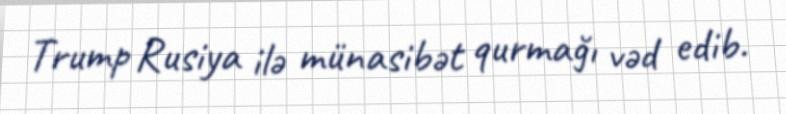
Trump Rusiya ilə münasibət qurmağı vəd edib.